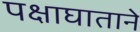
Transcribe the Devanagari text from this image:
पक्षाघाताने